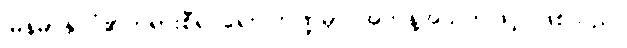
မြန်မာနိုင်ငံ၏တရားစီရင်ရေး ကဏ္ဍမှာ အကန့်အသတ်ဖြင့် ဖြစ်သည်။